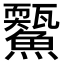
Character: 𩼭